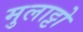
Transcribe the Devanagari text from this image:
मुलाट्टो